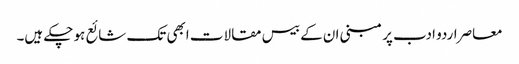
معاصراردو ادب پر مبنی ان کے بیس مقالات ابھی تک شائع ہو چکے ہیں۔